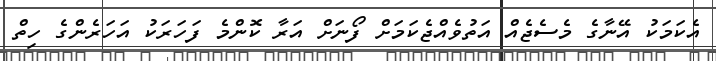
އެކަމަކު އޭނާގެ މެސެޖެއް އަތުވެއްޖެކަމަށް ފޯނަށް އަރާ ކޮންމެ ފަހަރަކު އަހަރެންގެ ހިތް